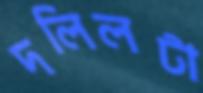
দলিলটা